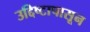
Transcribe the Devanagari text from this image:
उद्दिष्टापासून